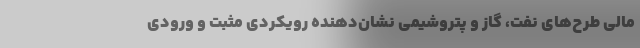
مالی طرح‌های نفت، گاز و پتروشیمی نشان‌دهنده رویکردی مثبت و ورودی